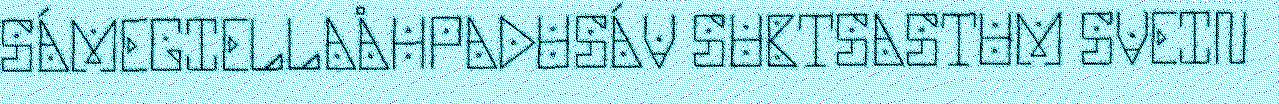
SÁMEGIELLAÅHPADUSÁV SUBTSASTUM SVEIN